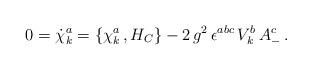
\begin{align*}0 = {\dot\chi}^a_k =\{\chi^a_k\,, H_C \} - 2\, g^2\, \epsilon^{abc} \, V^b_k\, A^c_- \,.\end{align*}